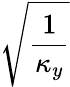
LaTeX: \sqrt{\frac{1}{\kappa_{y}}}